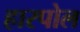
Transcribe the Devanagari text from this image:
हारपोल